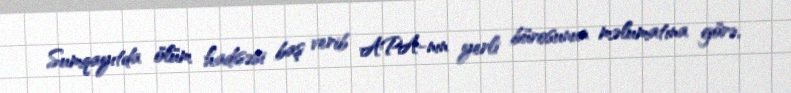
Sumqayıtda ölüm hadisəsi baş verib APA-nın yerli bürosunun məlumatına görə,